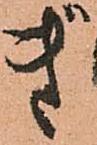
ぎ